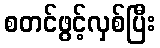
စတင်ဖွင့်လှစ်ပြီး